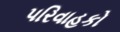
પરિવાહકો